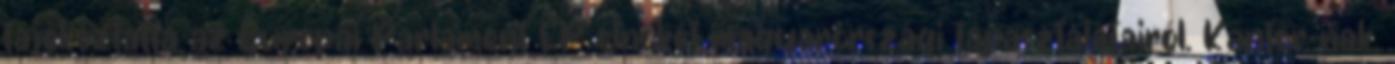
tájékoztatta az Európai Parlament EP elnökét magyarországi tapasztalatairól. Kantor-nak,